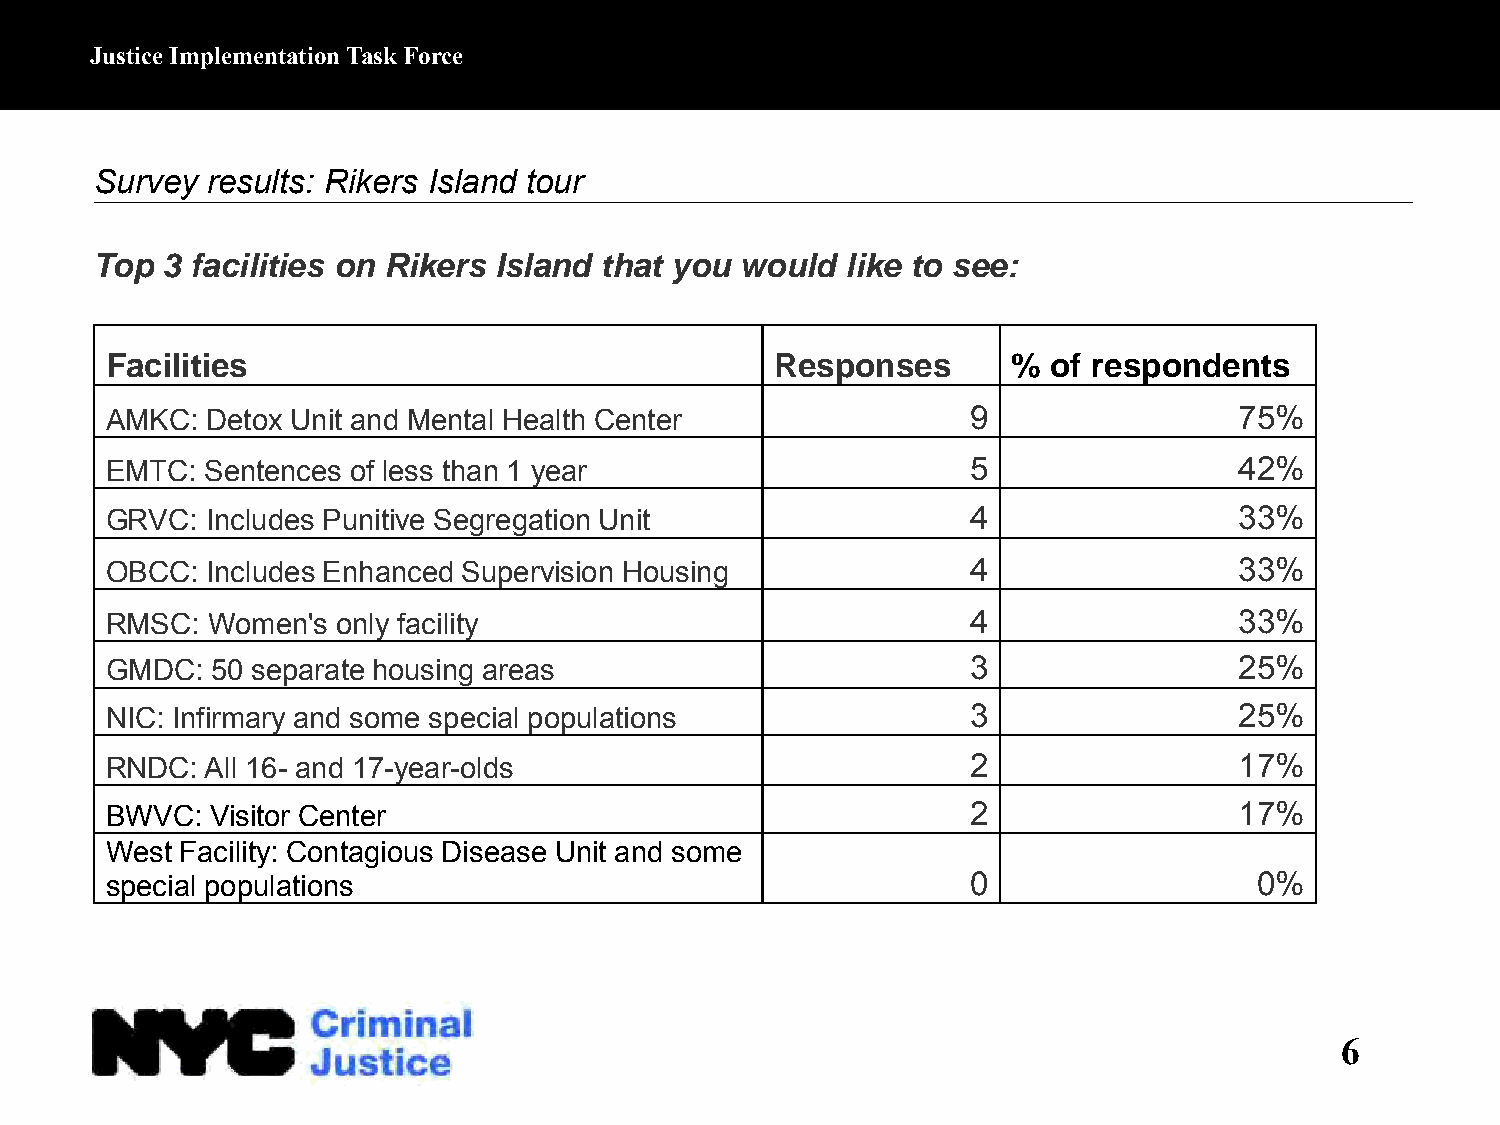
Justice Implementation Task Force
 Survey  results: Rikers Island tour
 Top  3 facilities on Rikers Island that you would like to see:
 Facilities                                  Responses       %  of respondents
 AMKC:  Detox Unit and Mental Health Center               9                 75%
 EMTC:  Sentences of less than 1 year                     5                 42%
 GRVC:  Includes Punitive Segregation Unit                4                 33%
 OBCC:  Includes Enhanced Supervision Housing             4                 33%
 RMSC:  Women's only facility                             4                 33%
 GMDC:  50 separate housing areas                         3                 25%
 NIC: Infirmary and some special populations              3                 25%
 RNDC:  All 16- and 17-year-olds                          2                 17%
 BWVC:  Visitor Center                                    2                 17%
 West Facility: Contagious Disease Unit and some
 special populations                                      0                  0%
 6